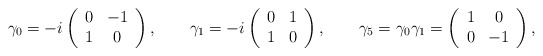
\begin{align*}\gamma _{0}=-i\left( \begin{array}{cc}0 & -1 \\ 1 & 0\end{array}\right) ,\qquad \gamma _{1}=-i\left( \begin{array}{cc}0 & 1 \\ 1 & 0\end{array}\right) , \qquad \gamma _{5}=\gamma _{0}\gamma _{1} =\left( \begin{array}{cc}1 & 0 \\ 0 & -1\end{array}\right),\end{align*}